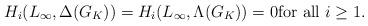
LaTeX: \begin{align*} H_i(L_{\infty}, \Delta(G_K)) = H_i(L_{\infty}, \Lambda(G_K)) = 0 \mbox{for all } i \geq 1. \end{align*}